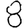
Digit: 8